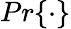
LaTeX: Pr\{ \cdot\}